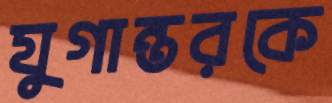
যুগান্তরকে